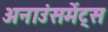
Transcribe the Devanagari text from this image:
अनाउंसमेंट्स